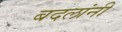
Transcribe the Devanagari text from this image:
बदलांनी